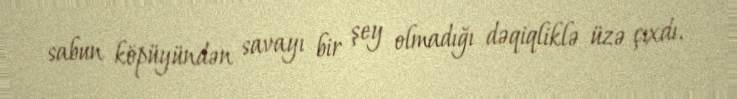
sabun köpüyündən savayı bir şey olmadığı dəqiqliklə üzə çıxdı.